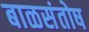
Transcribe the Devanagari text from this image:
बाळसंतोष